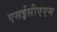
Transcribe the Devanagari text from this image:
एसईसीएएम